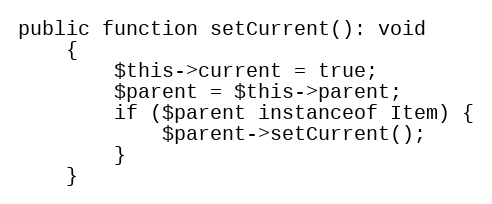
Language: PHP
public function setCurrent(): void
	{
		$this->current = true;
		$parent = $this->parent;
		if ($parent instanceof Item) {
			$parent->setCurrent();
		}
	}